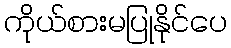
ကိုယ်စားမပြုနိုင်ပေ